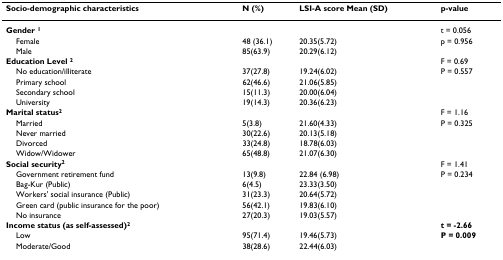
<table><thead><tr><td><b>Socio-demographic characteristics</b></td><td><b>N (%)</b></td><td><b>LSI-A score Mean (SD)</b></td><td><b>p-value</b></td></tr></thead><tbody><tr><td><b>Gender </b><sup><b>1</b></sup></td><td></td><td></td><td>t = 0.056</td></tr><tr><td> Female</td><td>48 (36.1)</td><td>20.35(5.72)</td><td>p = 0.956</td></tr><tr><td> Male</td><td>85(63.9)</td><td>20.29(6.12)</td><td></td></tr><tr><td><b>Education Level </b><sup><b>2</b></sup></td><td></td><td></td><td>F = 0.69</td></tr><tr><td> No education/illiterate</td><td>37(27.8)</td><td>19.24(6.02)</td><td>P = 0.557</td></tr><tr><td> Primary school</td><td>62(46.6)</td><td>21.06(5.85)</td><td></td></tr><tr><td> Secondary school</td><td>15(11.3)</td><td>20.00(6.04)</td><td></td></tr><tr><td> University</td><td>19(14.3)</td><td>20.36(6.23)</td><td></td></tr><tr><td><b>Marital status</b><sup><b>2</b></sup></td><td></td><td></td><td>F = 1.16</td></tr><tr><td> Married</td><td>5(3.8)</td><td>21.60(4.33)</td><td>P = 0.325</td></tr><tr><td> Never married</td><td>30(22.6)</td><td>20.13(5.18)</td><td></td></tr><tr><td> Divorced</td><td>33(24.8)</td><td>18.78(6.03)</td><td></td></tr><tr><td> Widow/Widower</td><td>65(48.8)</td><td>21.07(6.30)</td><td></td></tr><tr><td><b>Social security</b><sup><b>2</b></sup></td><td></td><td></td><td>F = 1.41</td></tr><tr><td> Government retirement fund</td><td>13(9.8)</td><td>22.84 (6.98)</td><td>P = 0.234</td></tr><tr><td> Bag-Kur (Public)</td><td>6(4.5)</td><td>23.33(3.50)</td><td></td></tr><tr><td> Workers&#x27; social insurance (Public)</td><td>31(23.3)</td><td>20.64(5.72)</td><td></td></tr><tr><td> Green card (public insurance for the poor)</td><td>56(42.1)</td><td>19.83(6.10)</td><td></td></tr><tr><td> No insurance</td><td>27(20.3)</td><td>19.03(5.57)</td><td></td></tr><tr><td><b>Income status (as self-assessed)</b><sup><b>2</b></sup></td><td></td><td></td><td><b>t = -2.66</b></td></tr><tr><td> Low</td><td>95(71.4)</td><td>19.46(5.73)</td><td><b>P = 0.009</b></td></tr><tr><td> Moderate/Good</td><td>38(28.6)</td><td>22.44(6.03)</td><td></td></tr></tbody></table>